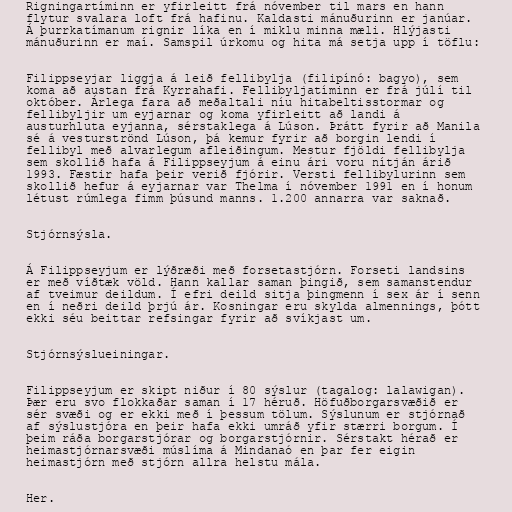
Rigningartíminn er yfirleitt frá nóvember til mars en hann
flytur svalara loft frá hafinu. Kaldasti mánuðurinn er janúar.
Á þurrkatímanum rignir líka en í miklu minna mæli. Hlýjasti
mánuðurinn er maí. Samspil úrkomu og hita má setja upp í töflu:

Filippseyjar liggja á leið fellibylja (filipínó: bagyo), sem
koma að austan frá Kyrrahafi. Fellibyljatíminn er frá júlí til
október. Árlega fara að meðaltali níu hitabeltisstormar og
fellibyljir um eyjarnar og koma yfirleitt að landi á
austurhluta eyjanna, sérstaklega á Lúson. Þrátt fyrir að Manila
sé á vesturströnd Lúson, þá kemur fyrir að borgin lendi í
fellibyl með alvarlegum afleiðingum. Mestur fjöldi fellibylja
sem skollið hafa á Filippseyjum á einu ári voru nítján árið
1993. Fæstir hafa þeir verið fjórir. Versti fellibylurinn sem
skollið hefur á eyjarnar var Thelma í nóvember 1991 en í honum
létust rúmlega fimm þúsund manns. 1.200 annarra var saknað.

Stjórnsýsla.

Á Filippseyjum er lýðræði með forsetastjórn. Forseti landsins
er með víðtæk völd. Hann kallar saman þingið, sem samanstendur
af tveimur deildum. Í efri deild sitja þingmenn í sex ár í senn
en í neðri deild þrjú ár. Kosningar eru skylda almennings, þótt
ekki séu beittar refsingar fyrir að svíkjast um.

Stjórnsýslueiningar.

Filippseyjum er skipt niður í 80 sýslur (tagalog: lalawigan).
Þær eru svo flokkaðar saman í 17 héruð. Höfuðborgarsvæðið er
sér svæði og er ekki með í þessum tölum. Sýslunum er stjórnað
af sýslustjóra en þeir hafa ekki umráð yfir stærri borgum. Í
þeim ráða borgarstjórar og borgarstjórnir. Sérstakt hérað er
heimastjórnarsvæði múslíma á Mindanaó en þar fer eigin
heimastjórn með stjórn allra helstu mála.

Her.